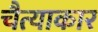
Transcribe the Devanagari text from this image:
चैत्याकार